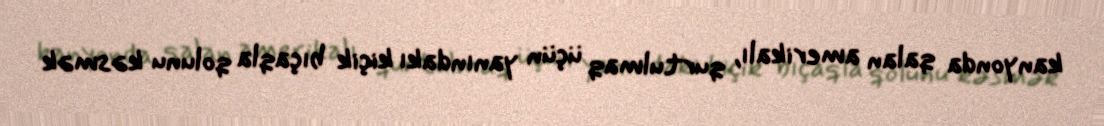
kanyonda qalan amerikalı, qurtulmaq üçün yanındakı kiçik bıçaqla qolunu kəsmək